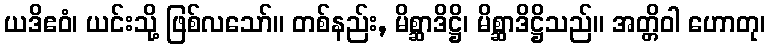
ယဒိဧဝံ၊ ယင်းသို့ ဖြစ်လသော်။ တစ်နည်း, မိစ္ဆာဒိဋ္ဌိ၊ မိစ္ဆာဒိဋ္ဌိသည်။ အတ္တိဝါ ဟောတု၊